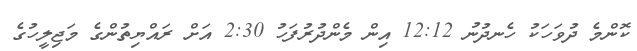
ކޮންމެ ދުވަހަކު ހެނދުނު 12:12 އިން މެންދުރުފަހު 2:30 އަށް ރައްޔިތުންގެ މަޖިލީހުގެ